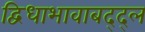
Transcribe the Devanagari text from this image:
द्विधाभावाबद्द्ल